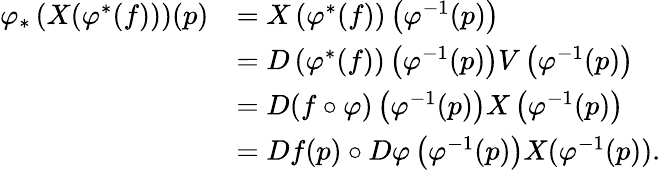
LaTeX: \begin{array}{rl}{\varphi_{*}\left(X(\varphi^{*}(f))\right)(p)}&{=X\left(\varphi^{*}(f)\right)\left(\varphi^{-1}(p)\right)}\\ &{=D\left(\varphi^{*}(f)\right)\left(\varphi^{-1}(p)\right)V\left(\varphi^{-1}(p)\right)}\\ &{=D(f\circ\varphi)\left(\varphi^{-1}(p)\right)X\left(\varphi^{-1}(p)\right)}\\ &{=Df(p)\circ D\varphi\left(\varphi^{-1}(p)\right)X(\varphi^{-1}(p)).}\end{array}